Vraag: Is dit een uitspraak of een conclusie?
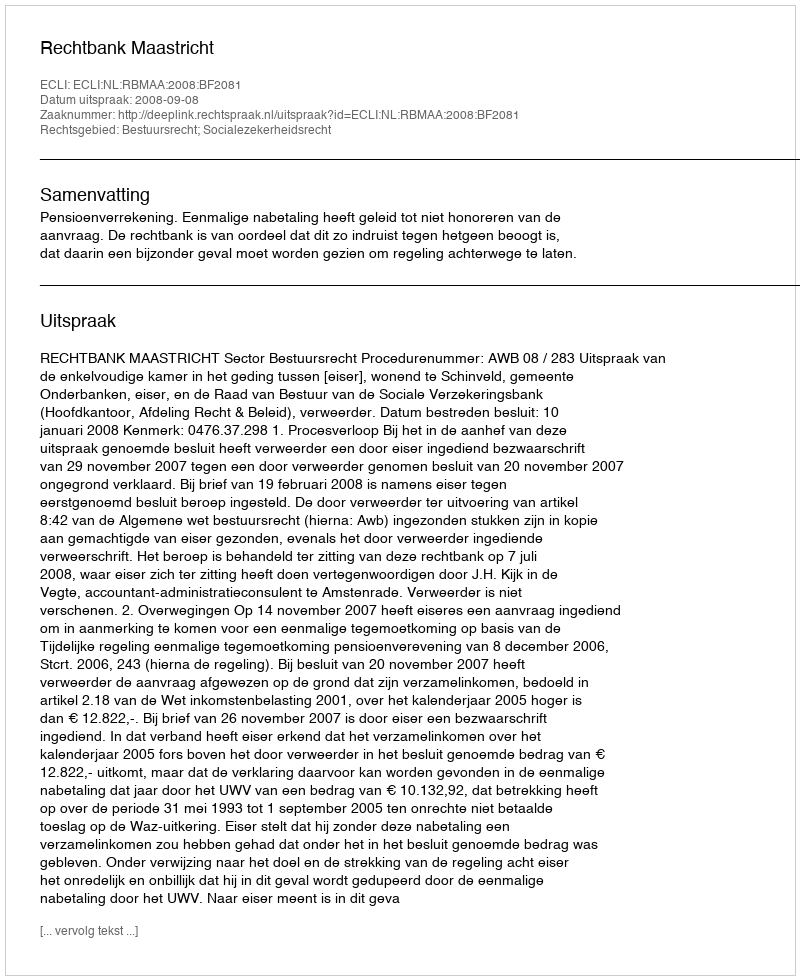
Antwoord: Uitspraak